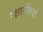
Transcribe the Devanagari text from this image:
रक्षापंक्तियों